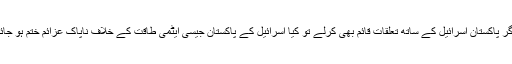
تو یہ کیسے ممکن ہے کہ اگر پاکستان اسرائیل کے ساتھ تعلقات قائم بھی کرلے تو کیا اسرائیل کے پاکستان جیسی ایٹمی طاقت کے خلاف ناپاک عزائم ختم ہو جائیں گے، یقیناً ایسا نہیں ہوگا۔